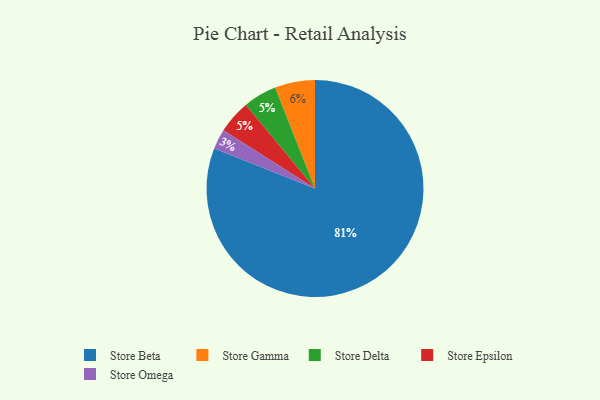
{"axis": {"x": "Category", "y": "Percentage"}, "legend": ["Store Beta", "Store Delta", "Store Epsilon", "Store Gamma", "Store Omega"], "data": [{"x": "Store Gamma", "y": 6, "type": "Store Gamma"}, {"x": "Store Delta", "y": 5, "type": "Store Delta"}, {"x": "Store Epsilon", "y": 5, "type": "Store Epsilon"}, {"x": "Store Beta", "y": 81, "type": "Store Beta"}, {"x": "Store Omega", "y": 3, "type": "Store Omega"}]}